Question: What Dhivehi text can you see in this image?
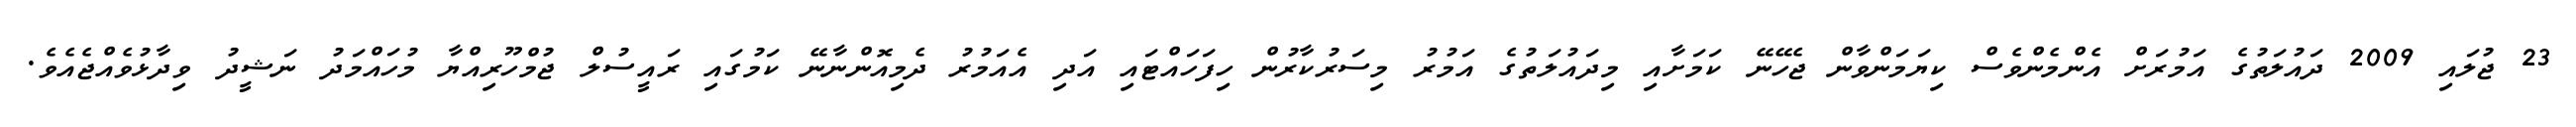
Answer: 23 ޖުލައި 2009 ދައުލަތުގެ އަމުރަށް އެންމެންވެސް ކިޔަމަންވާން ޖެހޭނޭ ކަމަށާއި މިދައުލަތުގެ އަމުރު މިސަރުކާރުން ހިފަހައްޓައި އަދި އެއަމުރު ދެމިއޮންނާނޭ ކަމުގައި ރައީސުލް ޖުމްހޫރިއްޔާ މުހައްމަދު ނަޝީދު ވިދާޅުވެއްޖެއެވެ.